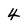
Character: 4